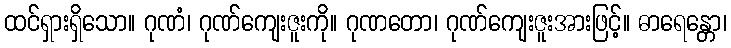
ထင်ရှားရှိသော။ ဂုဏံ၊ ဂုဏ်ကျေးဇူးကို။ ဂုဏတော၊ ဂုဏ်ကျေးဇူးအားဖြင့်။ ဓာရေန္တော၊